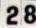
28